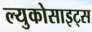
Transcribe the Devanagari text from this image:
ल्युकोसाइट्स